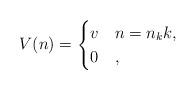
LaTeX: \begin{align*}V(n) = \begin{cases} v & n = n_k k, \\ 0 & , \end{cases}\end{align*}